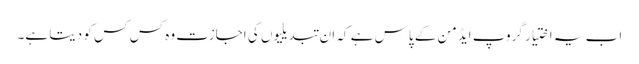
اب یہ اختیار گروپ ایڈمن کے پاس ہے کہ ان تبدیلیوں کی اجازت وہ کس کس کو دیتا ہے۔